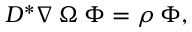
D ^ { * } \nabla \: \Omega \: \Phi = \rho \: \Phi ,